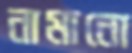
নামানো